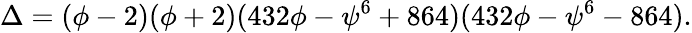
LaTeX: \Delta=(\phi-2)(\phi+2)(432\phi-\psi^{6}+864)(432\phi-\psi^{6}-864).